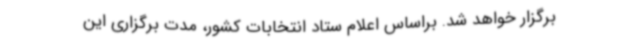
برگزار خواهد شد. براساس اعلام ستاد انتخابات کشور، مدت برگزاری این